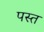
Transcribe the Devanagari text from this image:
पस्‍त